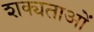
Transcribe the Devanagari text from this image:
शक्यताओं